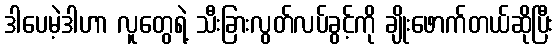
ဒါပေမဲ့ဒါဟာ လူတွေရဲ့ သီးခြားလွတ်လပ်ခွင့်ကို ချိုးဖောက်တယ်ဆိုပြီး